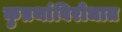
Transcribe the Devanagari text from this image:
कुप्रथांविरोधात